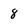
Character: 8